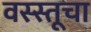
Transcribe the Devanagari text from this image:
वस्स्तूचा